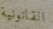
القانونية